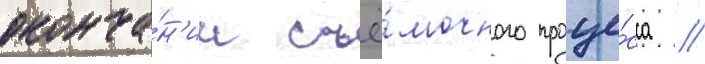
оконча́н'ии съё́мочного проце́сса //